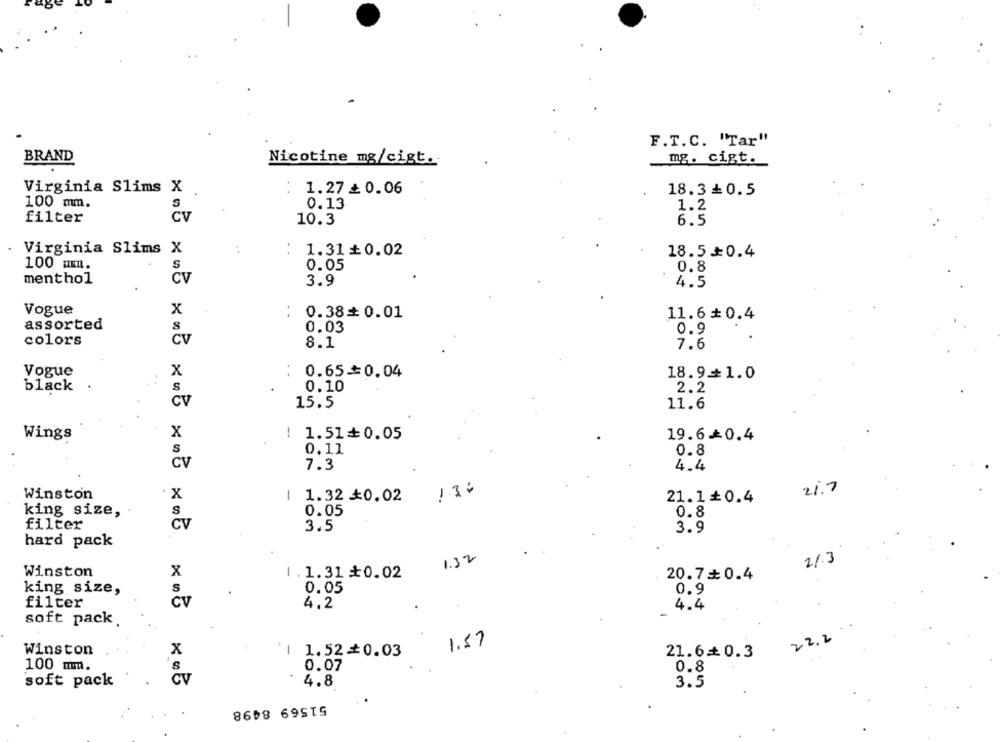
F.T. C. "Tar"
BRAND
Nicotine mg/cigt.
mg. cigt.
Virginia Slims X
1.27 ≥ 0.06
18.3 0.5
100 mm.
0.13
1.2
filter
CV
10.3
6.5
Virginia Slims
..
1.31+0.02
18.5+0.4
100 um.
S
0.05
0.8
menthol
CV
3.9
4.5
Vogue
x
0.38= 0.01
11.6+ 0.4
assorted
s
0.03
0.9
colors
CV
8.1
7.6
Vogue
x
0.65=0.04
18.9+1.0
black
0.10
2.2
CV
15.5
11.6
Wings
x
| 1.51+0.05
19.6-0.4
S
0.11
0.8
Cv
7.3
4.4
13:
21.7
Winston
X
-
1.32 0.02
21.1+0.4
king size,
S
0.05
0.8
filter
CV
3.5
3.9
hard pack
1.32
21.3
X
Winston
1.1.31+0.02
20.70.4
king size,
S
0.05
0.9
filter
Cv
4.2
4.4
-
soft pack
22.2
1.57
Winston
x
1 1.52=0.03
21.60.3
100 mm.
0.07
0.8
S
soft pack
CV
4.8
3.5
51569 8498